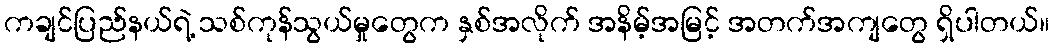
ကချင်ပြည်နယ်ရဲ့ သစ်ကုန်သွယ်မှုတွေက နှစ်အလိုက် အနိမ့်အမြင့် အတက်အကျတွေ ရှိပါတယ်။